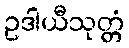
ဥဒါယီသုတ္တံ